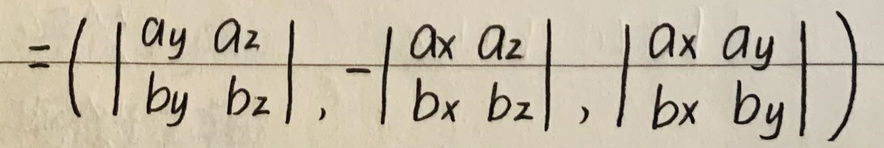
\[
=\left(\begin{vmatrix}
a_y & a_z \\
b_y & b_z
\end{vmatrix},-\begin{vmatrix}
a_x & a_z \\
b_x & b_z
\end{vmatrix},\begin{vmatrix}
a_x & a_y \\
b_x & b_y
\end{vmatrix}\right)
\]